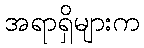
အရာရှိများက